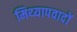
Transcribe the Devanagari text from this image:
मिथ्‍यापवादों